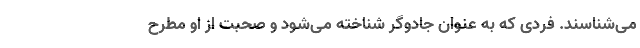
می‌شناسند. فردی که به عنوان جادوگر شناخته می‌شود و صحبت‌ از او مطرح